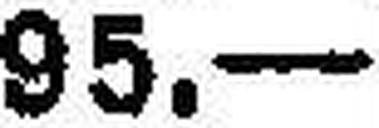
95.—